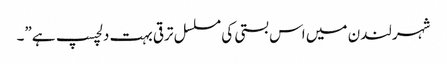
شہر لندن میں اس بستی کی مسلسل ترقی بہت دلچسپ ہے”۔